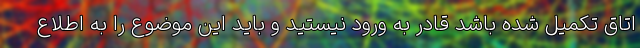
اتاق تکمیل شده باشد قادر به ورود نیستید و باید این موضوع را به اطلاع